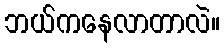
ဘယ်ကနေလာတာလဲ။